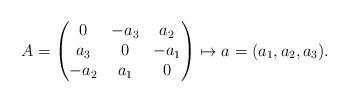
LaTeX: \begin{align*}A =\begin{pmatrix} 0 &-a_3 &a_2 \\ a_3 & 0 & -a_1\\ -a_2& a_1 & 0 \end{pmatrix} \mapsto a=(a_1,a_2,a_3).\end{align*}